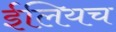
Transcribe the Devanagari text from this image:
ईलियच